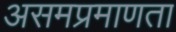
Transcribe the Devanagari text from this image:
असमप्रमाणता